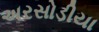
અરસોડીયા